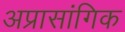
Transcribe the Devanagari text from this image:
अप्रासांगिक